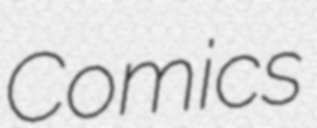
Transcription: Comics